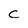
Character: C